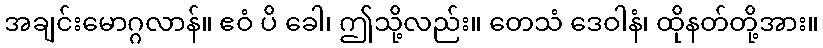
အချင်းမောဂ္ဂလာန်။ ဧဝံ ပိ ခေါ၊ ဤသို့လည်း။ တေသံ ဒေဝါနံ၊ ထိုနတ်တို့အား။